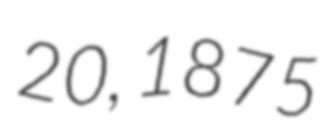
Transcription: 20, 1875